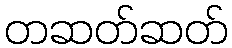
တဆတ်ဆတ်